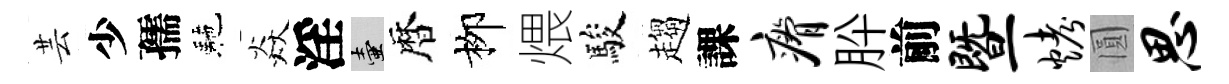
芸少孺駰焱淫壺暦栁煨駿趨課瘠肸前暨烤圓思